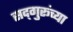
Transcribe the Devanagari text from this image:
सद्‍गुरूंच्या